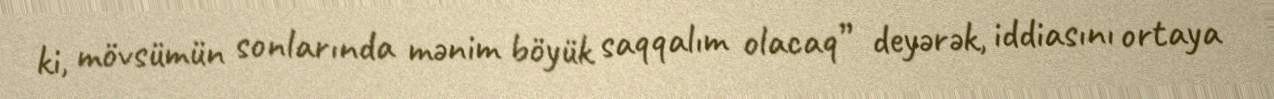
ki, mövsümün sonlarında mənim böyük saqqalım olacaq” deyərək, iddiasını ortaya